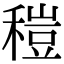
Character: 䅱